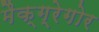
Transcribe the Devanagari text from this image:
मैक्ग्रेगोर